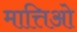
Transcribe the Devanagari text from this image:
मात्तिओ